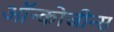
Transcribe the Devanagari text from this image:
ऑन्कोजीन्स